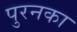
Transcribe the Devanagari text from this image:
पुरनका